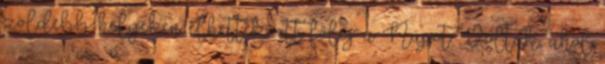
zöldebb helyeken élhettek, ott főleg a Napot. Voltak, ahol